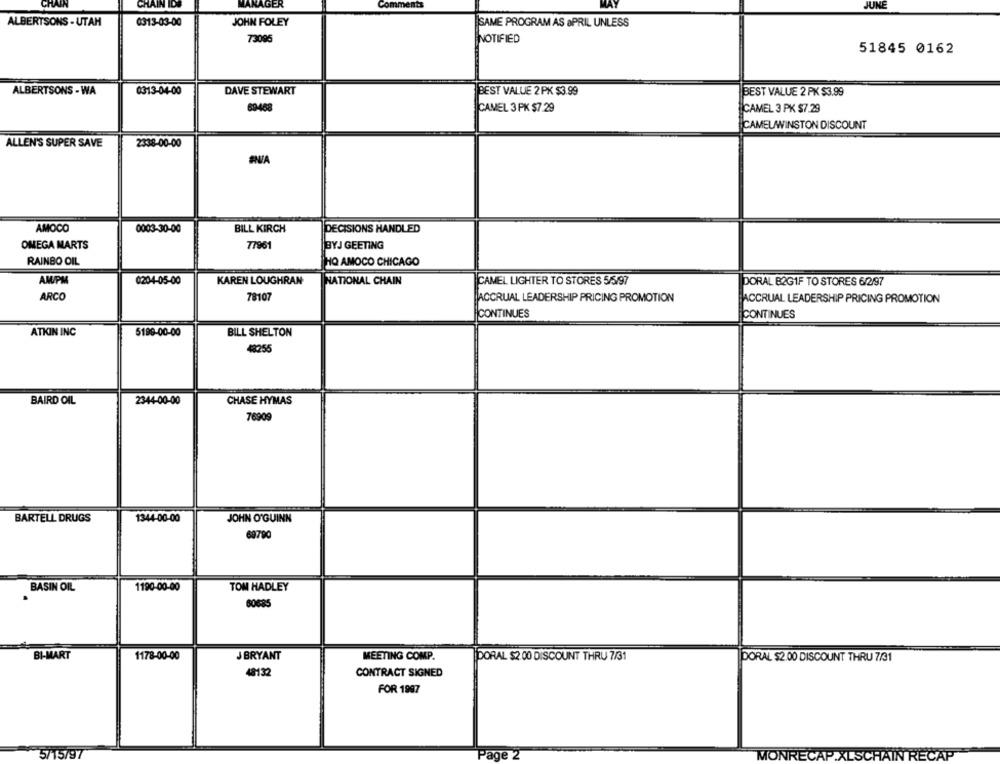
CHAIN
CHAIN IDS
MANAGER
nents
JUNE
ALBERTSONS - UTAH
0313-03-00
JOHN FOLEY
SAME PROGRAM AS &PRIL UNLESS
73095
NOTIFIED
51845 0162
ALBERTSONS - WA
0313-04-00
DAVE STEWART
BEST VALUE 2 PK $3.99
BEST VALUE 2 PK $3.99
6946
CAMEL 3 PK $7.29
CAMEL 3 PK $7.29
CAMELWINSTON DISCOUNT
ALLEN'S SUPER SAVE
2338-00-00
AMOCO
0003-30-00
BILL KIRCH
DECISIONS HANDLED
OMEGA MARTS
BYJ GEETING
77961
RAINBO OIL
HQ AMOCO CHICAGO
AM/PM
0204-05-00
KAREN LOUGHRAN
NATIONAL CHAIN
CAMEL LIGHTER TO STORES 5/5/97
DORAL B2GIF TO STORES 6/2/97
ARCO
78107
ACCRUAL LEADERSHIP PRICING PROMOTION
ACCRUAL LEADERSHIP PRICING PROMOTION
CONTINUES
CONTINUES
ATKIN INC
5190-00-00
BILL SHELTON
48255
BAIRD OIL
2344-00-00
CHASE HYMAS
76909
BARTELL DRUGS
1344-00-00
JOHN O'GUINN
69790
BASIN OIL
1190-00-00
TOM HADLEY
60685
BI-MART
1178-00-00
J BRYANT
MEETING COMP.
PORAL $2 00 DISCOUNT THRU 7/31
DORAL $2.00 DISCOUNT THRU 7/31
48132
CONTRACT SIGNED
FOR 1997
5/15797
Page 2
MONRECAP.XLSCHAIN RECAP